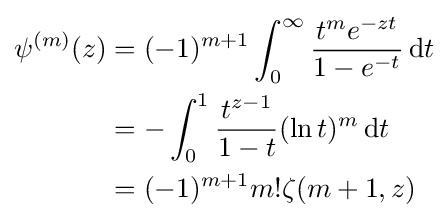
{\begin{aligned}\psi ^{(m)}(z)&=(-1)^{m+1}\int _{0}^{\infty }{\frac {t^{m}e^{-zt}}{1-e^{-t}}}\,\mathrm {d} t\\&=-\int _{0}^{1}{\frac {t^{z-1}}{1-t}}(\ln t)^{m}\,\mathrm {d} t\\&=(-1)^{m+1}m!\zeta (m+1,z)\end{aligned}}